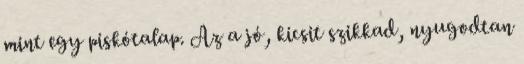
mint egy piskótalap. Az a jó, kicsit szikkad, nyugodtan